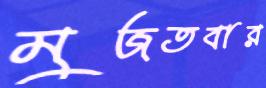
মুজতবার